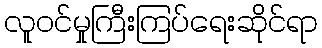
လူဝင်မှုကြီးကြပ်ရေးဆိုင်ရာ